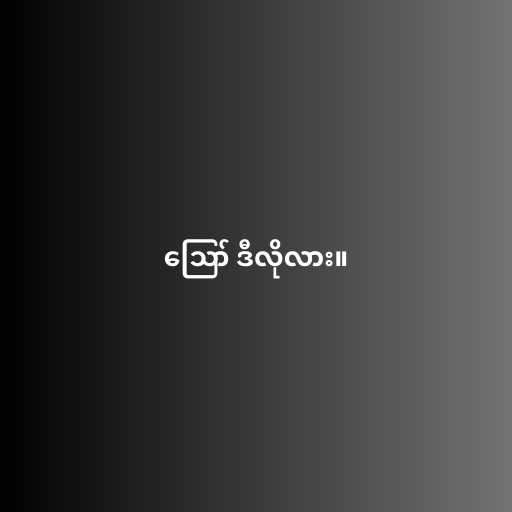
ဪ ဒီလိုလား။